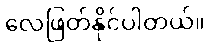
လေဖြတ်နိုင်ပါတယ်။